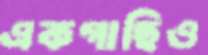
একগাছিও